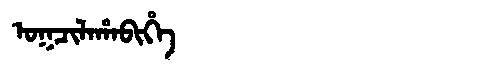
Manchu: ᠣᡴᠴᡳᠯᠠᡥᠠᠪᡳᡥᡝ
Romanization: OKCILAHABIHE